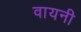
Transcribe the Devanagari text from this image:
वायनी